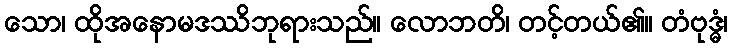
သော၊ ထိုအနောမဒဿိဘုရားသည်။ လောဘတိ၊ တင့်တယ်၏။ တံဗုဒ္ဓံ၊